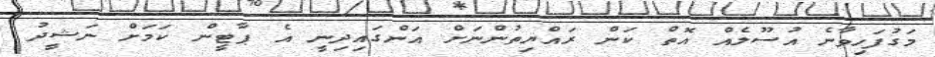
މަގުފަހިވާނެ އުސޫލެއް އޮތް ކަން ރައްޔިތުންނަށް އަންގައިދިނީ އެ ޕާޓީން ކަމަށް ނަޝީދު